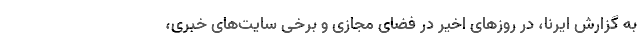
به گزارش ایرنا، در روزهای اخیر در فضای مجازی و برخی سایت‌های خبری،